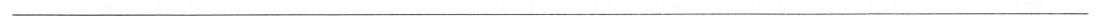
___